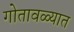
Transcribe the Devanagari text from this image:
गोतावळ्यात